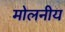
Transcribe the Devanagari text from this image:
मोलनीय